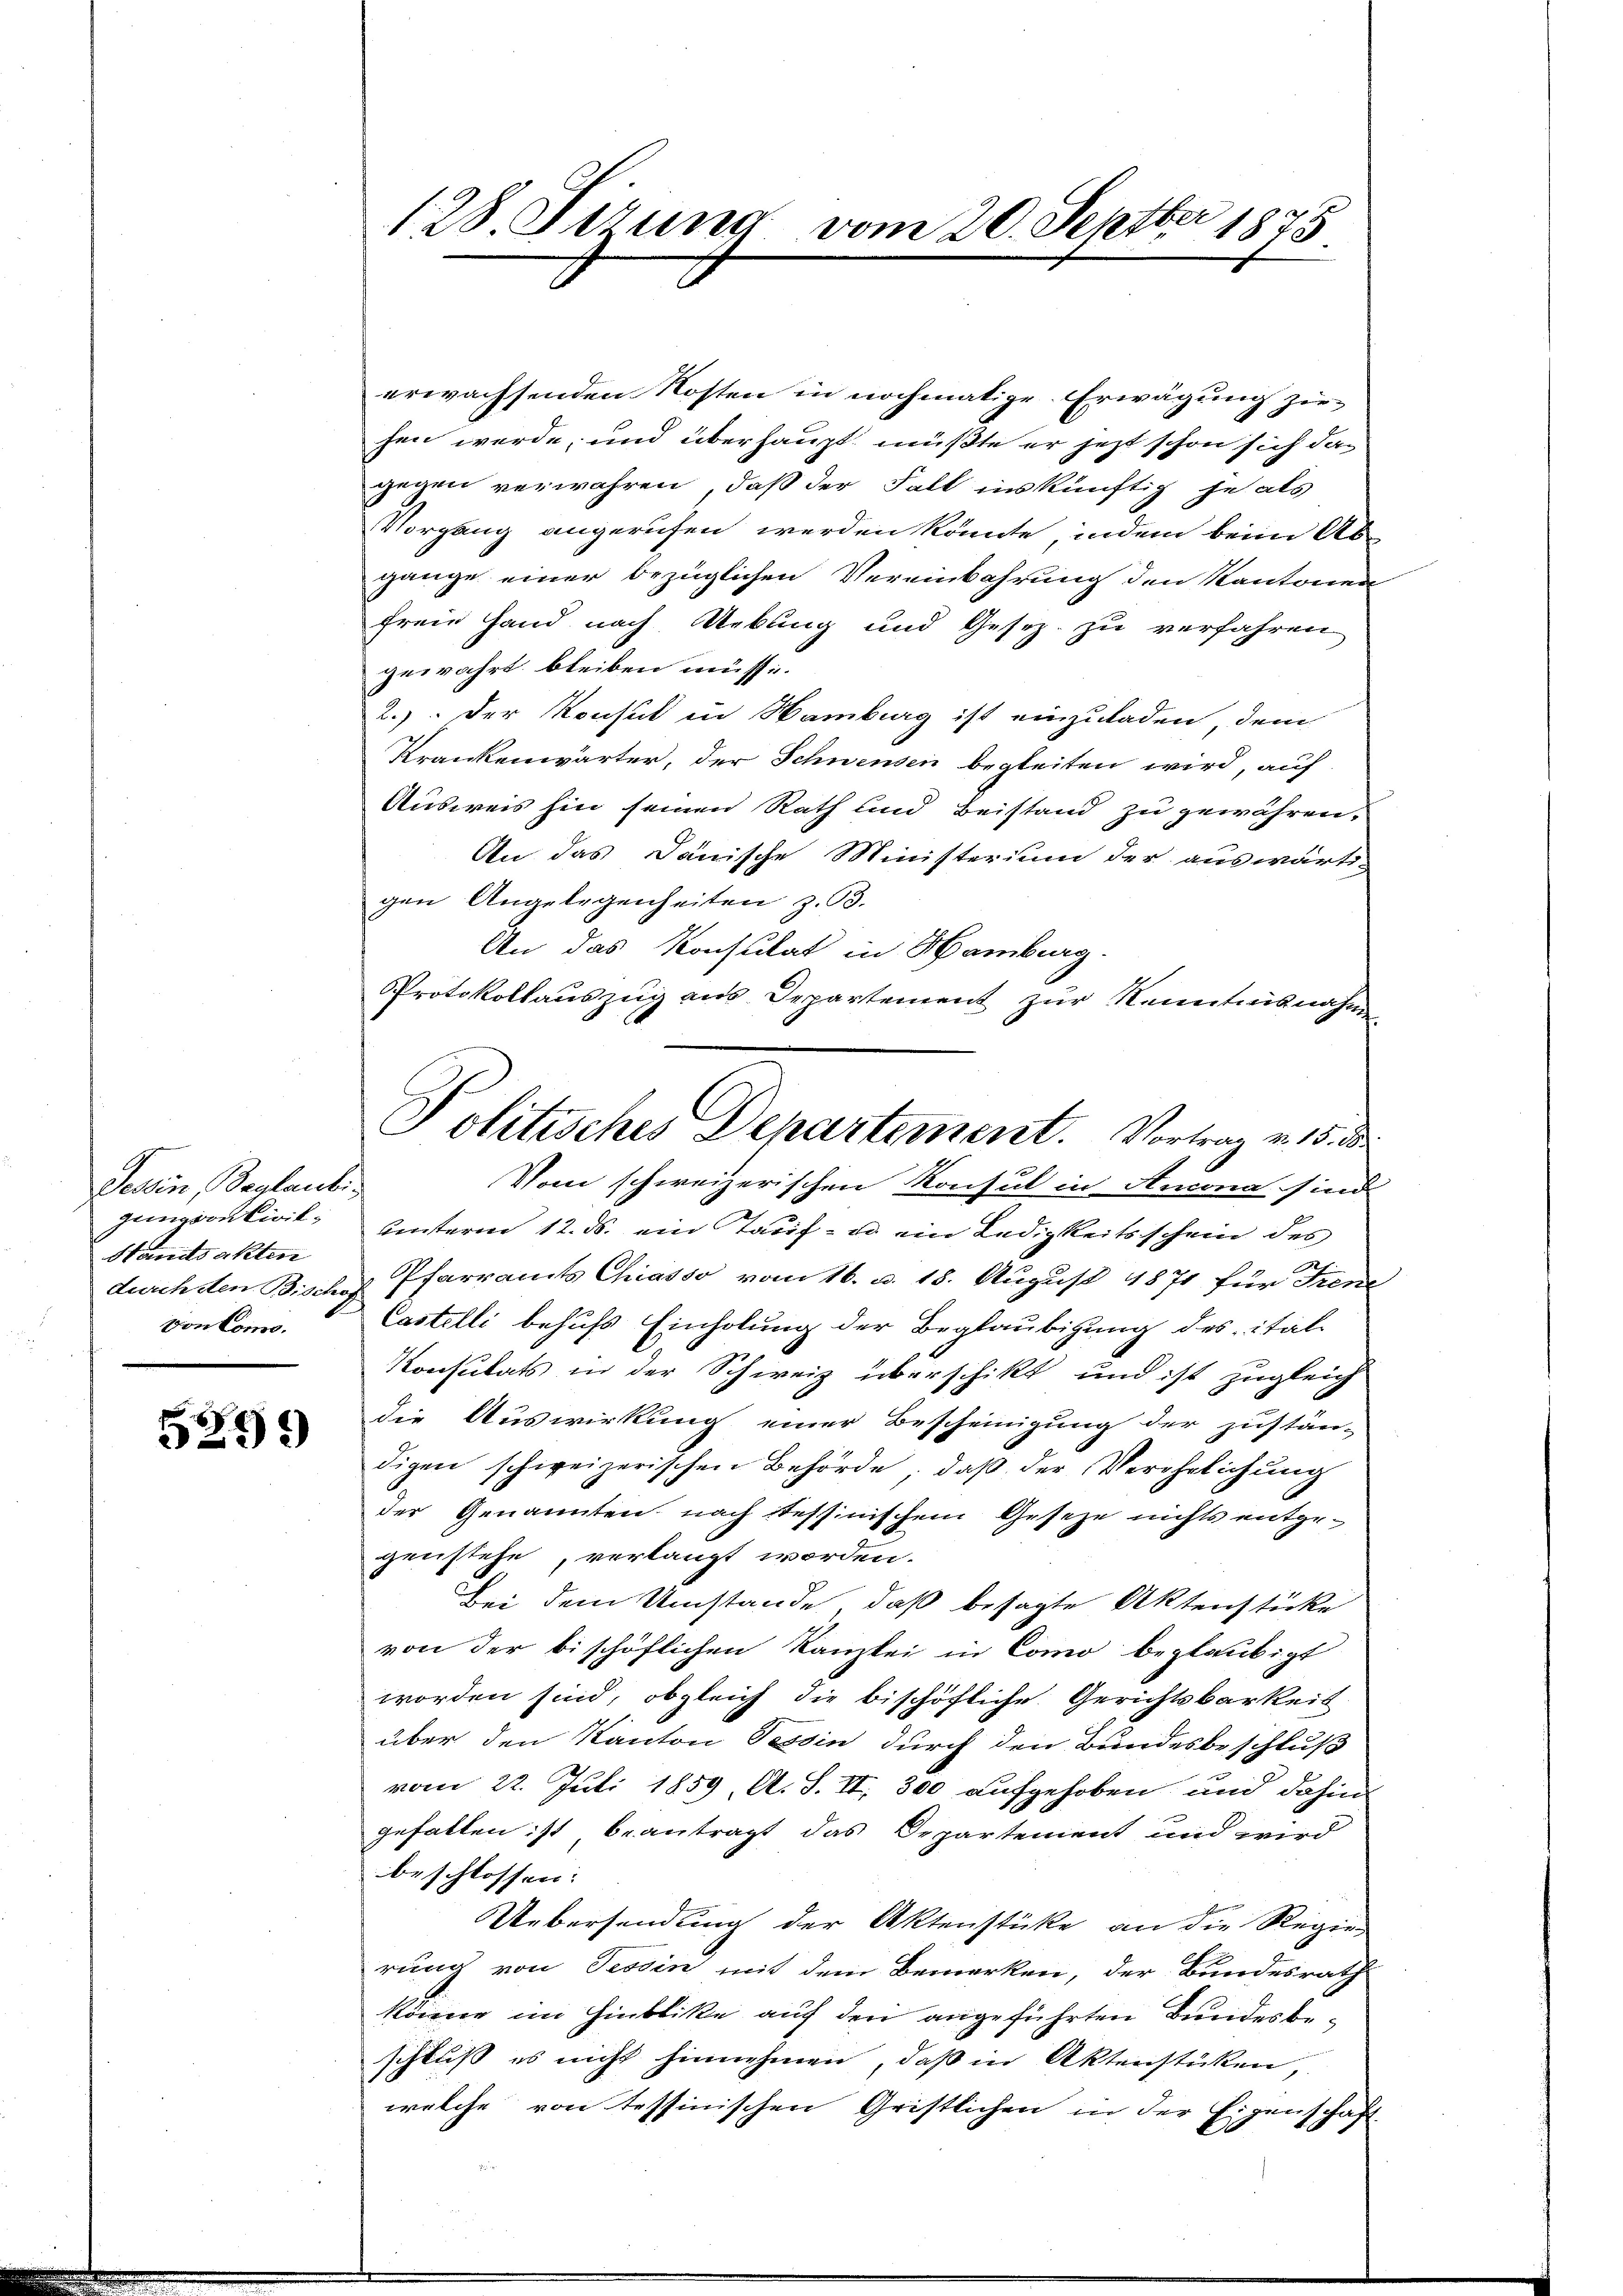
Tessin, Beglaubi
zinvon krit¬
Standsakten
durch den Bischof
von Como.

5299)

128. Ferung vom 20. Septbr 1875

erwachsenden Kosten in nochmalige Erwägung ziehen werde, und überhaupt müßte er jetzt schon sich das
gegen verwahren, daß der Fall inskünftig je als
Vorgang angerufen werden könnte, indem beim Ab-
gange einer bezüglichen Vereinbahrung den Kantonen
freie Hand nach Uebling und Gesez zu verfahren
gewährt bleiben müsse.
2.) Der Konsul in Hamburg ist einzuladen, dem
Krankenwärter, der Schwensen begleiten wird, auf
Ausweis hin seinen Rath und Beistand zu gewähren.
An das Dänische Ministerium der auswärti-
gen Angelegenheiten z. B.
An das Konsulat in Hamburg.
Protokollauszug aus Departement zur Kenntnisnahme
Vom schweizerischen Konsul in Ancona sind
unterm 12. ds. ein Tauf- u ein Ledigkeitsschein des
Pfarramts Chiasso vom 16. d. 15. August 1871 für Frene
Castelli behufs Einholung der Beglaubigung des ital-
Konsulats in der Schweiz überschikt und ist zugleich
die Auswirkung einer Bescheinigung der zustän-
digen schweizerischen Behörde, daβ der Verehelichŭng
der Genannten, nach stessinischem Gesetze nichts entgegenstehe, verlangt worden.
Bei dem Umstände, daß besagte Aktenstücke
von der bischöflichen Kanzlei in Como beglaubigt
worden sind, obgleich die bischöfliche Gerichtsbarkeit
über den Kanton Tessin durch den Bundesbeschluß
vom 22. Juli 1859, A. S. II, 300 aufgehoben und dahin
gefallen ist beantragt das Departement und wird
beschlossen:
Uebersendung der Aktenstücke an die Regier
rung von Tessin mit dem Bemerken, der Bundesrath
könne im Hinblike auf den angeführten Bundesbeschluß es nicht hinnehmen, daß in Aktenstücken
welche von tessinischen Gristlichen in der Eigenschaft

Politisches Departement. Vortrag v. 15. d